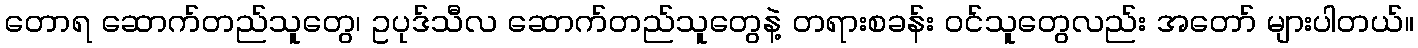
တောရ ဆောက်တည်သူတွေ၊ ဥပုဒ်သီလ ဆောက်တည်သူတွေနဲ့ တရားစခန်း ဝင်သူတွေလည်း အတော် များပါတယ်။